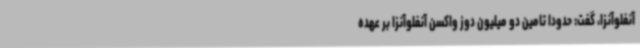
آنفلوآنزا، گفت: حدودا تامین دو میلیون دوز واکسن آنفلوآنزا بر عهده